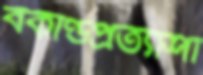
বকাণ্ডপ্রত্যাশা